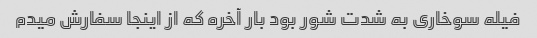
فیله سوخاری به شدت شور بود بار آخره که از اینجا سفارش میدم